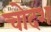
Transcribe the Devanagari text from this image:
चोदश